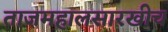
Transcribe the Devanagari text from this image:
ताजमहालसारखीच